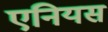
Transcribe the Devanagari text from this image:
एनियस